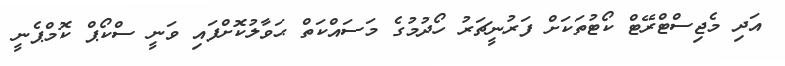
އަދި މެޖިސްޓްރޭޓް ކޯޓުތަކަށް ފަރުނީޗަރު ހޯދުމުގެ މަސައްކަތް ޙަވާލުކޮށްފައި ވަނީ ސްކޯޕް ކޮމްޕެނީ